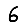
Digit: 6